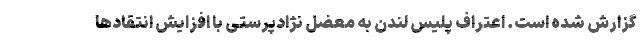
گزارش شده است. اعتراف پلیس لندن به معضل نژادپرستی با افزایش انتقادها